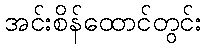
အင်းစိန်ထောင်တွင်း